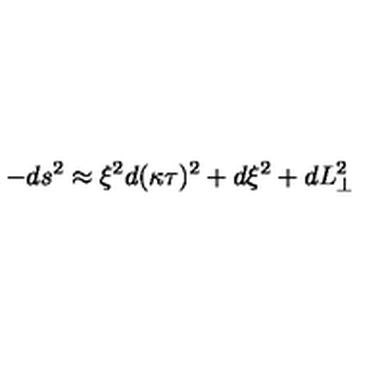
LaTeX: - d s ^ { 2 } \approx \xi ^ { 2 } d ( \kappa \tau ) ^ { 2 } + d \xi ^ { 2 } + d L _ { \perp } ^ { 2 }